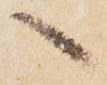
へ